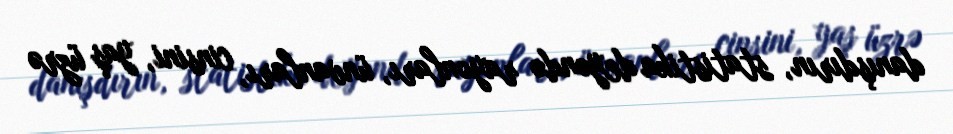
danışdırın, statistika deyəndə rayonları, ünvanları, cinsini, yaş üzrə